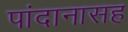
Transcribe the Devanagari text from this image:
पांदानासह